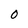
Character: O